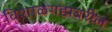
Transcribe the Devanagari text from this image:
विशाळगडावरील